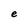
Character: e